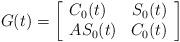
LaTeX: \begin{gather*}G(t)=\left[\begin{array}{lr} C_{0}(t)& S_0(t)\\ AS_0(t) & C_0(t) \end{array}\right]\end{gather*}